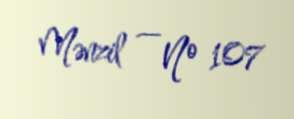
Mənzil — № 107